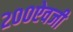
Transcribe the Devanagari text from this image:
२००ऐवजी